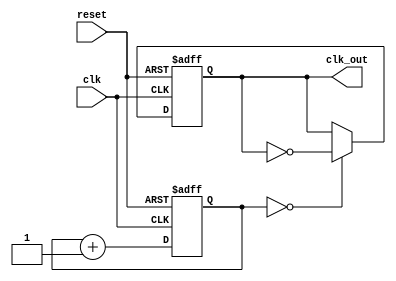
module clock_divider(
    input clk,
    input reset,
    output reg clk_out
);

    reg [15:0] counter;

    always @(posedge clk or posedge reset) begin
        if (reset) begin
            counter <= 0;
            clk_out <= 0;
        end else begin
            counter <= counter + 1;
            if (counter == 0) begin
                clk_out <= ~clk_out;
            end
        end
    end

endmodule